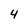
Character: 4